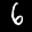
Label: 6